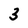
Character: 3